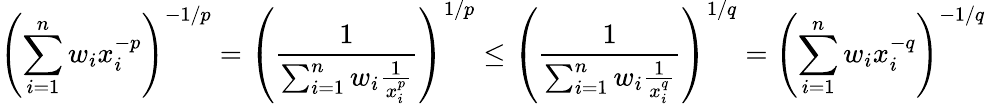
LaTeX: \left(\sum_{i=1}^{n}w_{i}x_{i}^{-p}\right)^{-1/p}=\left({\frac{1}{\sum_{i=1}^{n}w_{i}{\frac{1}{x_{i}^{p}}}}}\right)^{1/p}\leq\left({\frac{1}{\sum_{i=1}^{n}w_{i}{\frac{1}{x_{i}^{q}}}}}\right)^{1/q}=\left(\sum_{i=1}^{n}w_{i}x_{i}^{-q}\right)^{-1/q}